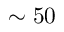
\sim 5 0